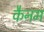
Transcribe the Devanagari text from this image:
कैनम